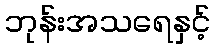
ဘုန်းအသရေနှင့်